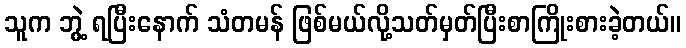
သူက ဘွဲ့ ရပြီးနောက် သံတမန် ဖြစ်မယ်လို့သတ်မှတ်ပြီးစာကြိုးစားခဲ့တယ်။